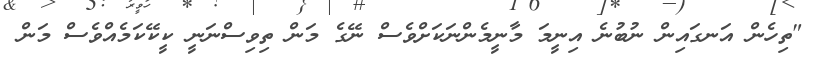
"ތިހެން އަނގައިން ނުބުނެ އިނީމަ މާނީމެންނަކަށްވެސް ނޭގެ މަން ތިވިސްނަނީ ކީކޭކަމެއްވެސް މަން